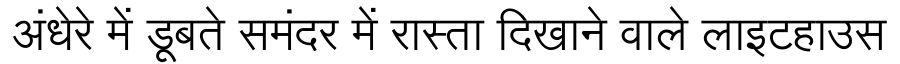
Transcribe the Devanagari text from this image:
अंधेरे में डूबते समंदर में रास्ता दिखाने वाले लाइटहाउस